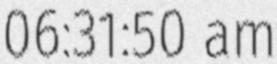
06:31:50 am